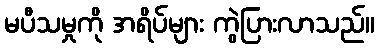
မပီသမှုကို အရိပ်များ ကွဲပြားလာသည်။